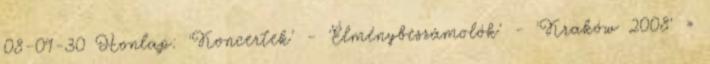
08-09-30 Honlap: 'Koncertek' - 'Élménybeszámolók' - 'Kraków 2008' »